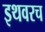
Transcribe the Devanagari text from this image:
इथवरच